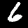
Digit: 6